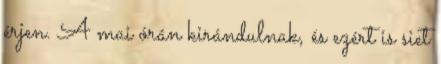
érjen. A mai órán kirándulnak, és ezért is siet